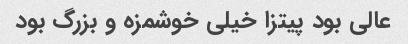
عالی بود پیتزا خیلی خوشمزه و بزرگ بود